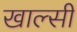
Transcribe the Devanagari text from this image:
खाल्सी